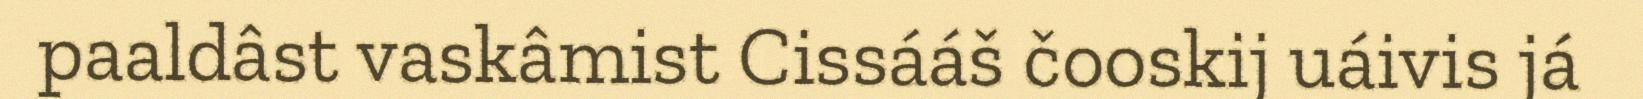
paaldâst vaskâmist Cissááš čooskij uáivis já